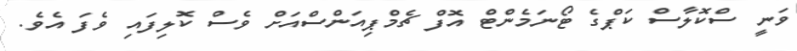
ވަނީ ސްކޮލާސް ކަޕްގެ ޓޯނަމެންޓް އޮފް ޗެމްޕިއަންސްއަށް ވެސް ކޮލިފައި ވެފަ އެވެ.